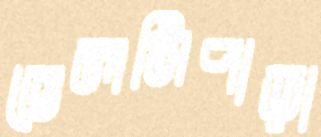
ভেলসিপাড়া